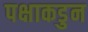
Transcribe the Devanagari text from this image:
पक्षाकडुन